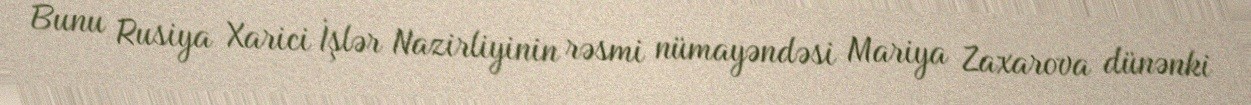
Bunu Rusiya Xarici İşlər Nazirliyinin rəsmi nümayəndəsi Mariya Zaxarova dünənki